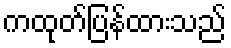
ကထုတ်ပြန်ထားသည်